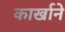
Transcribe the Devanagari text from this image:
कार्खाने